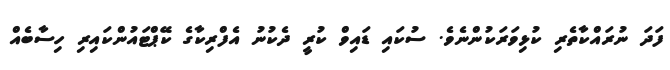
ފަދަ ނުރައްކާތެރި ކުޅިވަރަކުންނެވެ. ސުކައި ޑައިވް ކުރީ ދެކުނު އެފްރިކާގެ ކޭޕްޓައުންކައިރި ހިސާބެއް